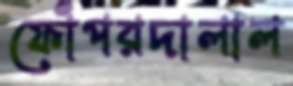
ফোঁপরদালাল